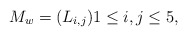
\begin{align*} M_{w} = (L_{i,j}) 1 \leq i, j \leq 5,\end{align*}